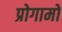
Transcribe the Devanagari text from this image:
प्रोगामों